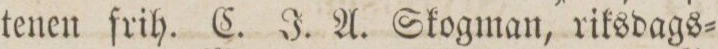
tenen frih. C. J. A. Skogman, riksdags=